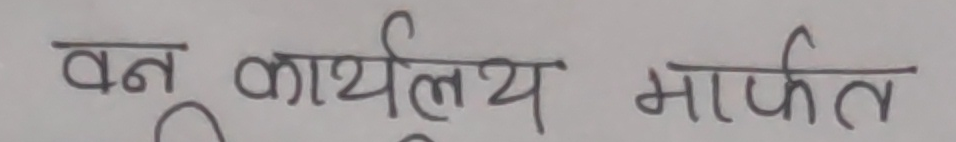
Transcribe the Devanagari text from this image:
वन कार्यालय मार्फत